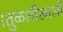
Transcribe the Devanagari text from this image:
।तुळशीखाली